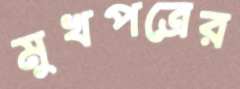
মুখপত্রের